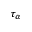
\tau _ { \alpha }